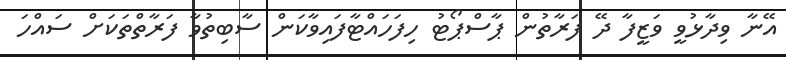
އޭނާ ވިދާޅުވީ ވަޒީފާ ދޭ ފަރާތުން ޕާސްޕޯޓު ހިފަހައްޓާފައިވާކަން ސާބިތުވާ ފަރާތްތަކަށް ސައްހަ